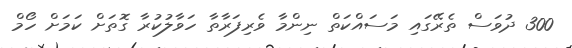
300 ދުވަސް ތެރޭގައި މަސައްކަތް ނިންމާ ވެރިފަރާތާ ހަވާލުކުރާ ގޮތަށް ކަމަށް ހޯމް